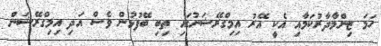
ހަމަ ޒިންމާދާރުކަމާއި އެކީ އޭރު އިމިގްރޭޝަނުގައި ތިބި ބޭފުޅުން ވެސް އަދި އިމިގްރޭޝަން